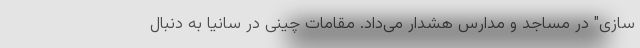
سازی" در مساجد و مدارس هشدار می‌داد. مقامات چینی در سانیا به دنبال